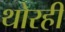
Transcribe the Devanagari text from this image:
थोरही